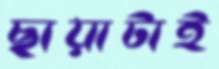
ছায়াটাই